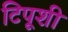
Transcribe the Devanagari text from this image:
टिपूशी